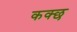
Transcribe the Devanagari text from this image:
कक्छ